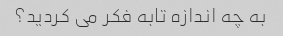
به چه اندازه تابه فکر می کردید؟